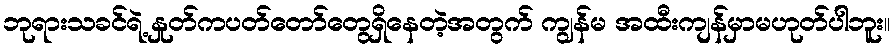
ဘုရားသခင်ရဲ့ နှုတ်ကပတ်တော်တွေရှိနေတဲ့အတွက် ကျွန်မ အထီးကျန်မှာမဟုတ်ပါဘူး။